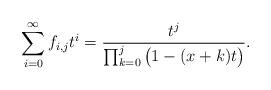
LaTeX: \begin{align*}\sum_{i=0}^{\infty}f_{i,j}t^i=\frac{t^j}{\prod_{k=0}^{j}\big(1-(x+k)t\big)}.\end{align*}